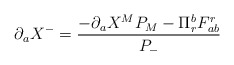
\begin{align*}\partial _{a}X^{-}=\frac{-\partial _{a}X^{M}P_{M}-\Pi ^{b}_{r}F^{r}_{ab}}{P_{-}}\end{align*}